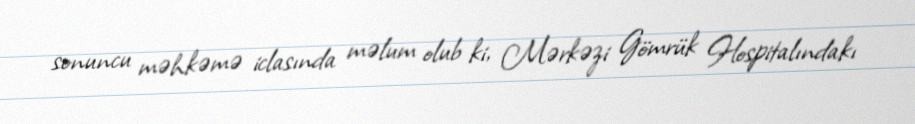
sonuncu məhkəmə iclasında məlum olub ki, Mərkəzi Gömrük Hospitalındakı